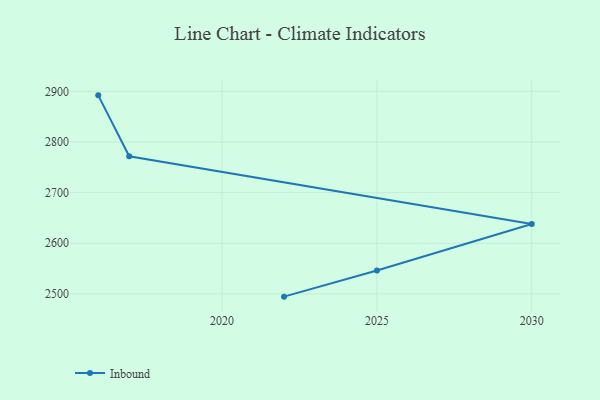
{"axis": {"x": "Year", "y": "Satisfaction Score"}, "legend": ["Inbound"], "data": [{"x": "2016", "y": 2892.2, "type": "Inbound"}, {"x": "2017", "y": 2771.8, "type": "Inbound"}, {"x": "2030", "y": 2638.2, "type": "Inbound"}, {"x": "2025", "y": 2546.2, "type": "Inbound"}, {"x": "2022", "y": 2494.6, "type": "Inbound"}]}